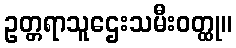
ဥတ္တရာသူဌေးသမီးဝတ္ထု။